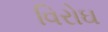
વિરોઘ